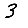
Digit: 3